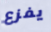
يفزع